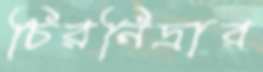
চিরনিদ্রার